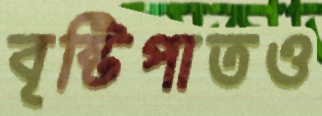
বৃষ্টিপাতও